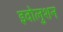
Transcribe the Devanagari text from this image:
इवोलुशन